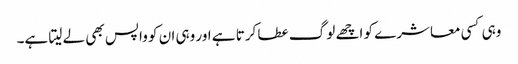
وہی کسی معاشرے کو اچھے لوگ عطا کرتا ہے اور وہی ان کو واپس بھی لے لیتا ہے۔